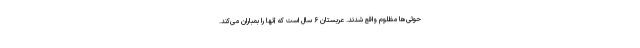
حوثی‌ها مظلوم واقع شدند. عربستان ۶ سال است که آنها را بمباران می‌کند.